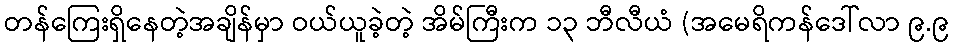
တန်ကြေးရှိနေတဲ့အချိန်မှာ ဝယ်ယူခဲ့တဲ့ အိမ်ကြီးက ၁၃ ဘီလီယံ (အမေရိကန်ဒေါ်လာ ၉.၉